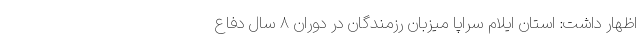
اظهار داشت: استان ایلام سراپا میزبان رزمندگان در دوران ۸ سال دفاع